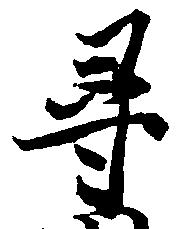
尋